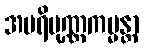
အပရိပုဏ္ဏကမ္မန္တာ